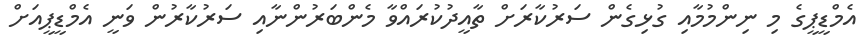
އެމްޑީޕީގެ މި ނިންމުމާއި ގުޅިގެން ސަރުކާރަށް ތާއީދުކުރައްވާ މެންބަރުންނާއި ސަރުކާރުން ވަނީ އެމްޑީޕީއަށް